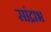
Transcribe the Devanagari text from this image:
सांद्राभ